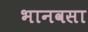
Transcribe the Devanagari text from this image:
भानवसा